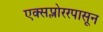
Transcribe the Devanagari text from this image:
एक्सप्लोररपासून